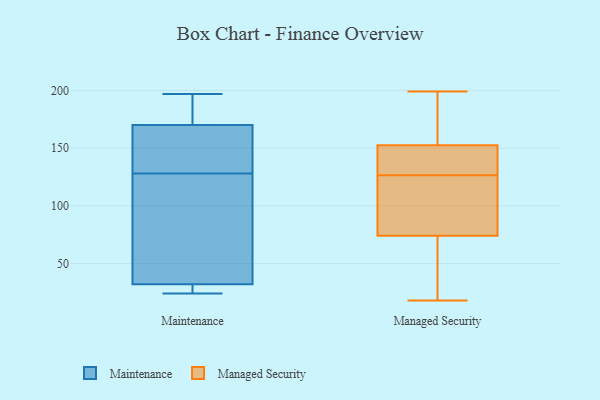
{"axis": {"x": "Latency (ms)", "y": "Value"}, "legend": ["Maintenance", "Managed Security"], "data": [{"x": "", "y": 42, "type": "Maintenance"}, {"x": "", "y": 170, "type": "Maintenance"}, {"x": "", "y": 125, "type": "Maintenance"}, {"x": "", "y": 24, "type": "Maintenance"}, {"x": "", "y": 131, "type": "Maintenance"}, {"x": "", "y": 173, "type": "Maintenance"}, {"x": "", "y": 197, "type": "Maintenance"}, {"x": "", "y": 28, "type": "Maintenance"}, {"x": "", "y": 32, "type": "Maintenance"}, {"x": "", "y": 140, "type": "Maintenance"}, {"x": "", "y": 165, "type": "Managed Security"}, {"x": "", "y": 197, "type": "Managed Security"}, {"x": "", "y": 122, "type": "Managed Security"}, {"x": "", "y": 139, "type": "Managed Security"}, {"x": "", "y": 194, "type": "Managed Security"}, {"x": "", "y": 118, "type": "Managed Security"}, {"x": "", "y": 73, "type": "Managed Security"}, {"x": "", "y": 133, "type": "Managed Security"}, {"x": "", "y": 126, "type": "Managed Security"}, {"x": "", "y": 48, "type": "Managed Security"}, {"x": "", "y": 140, "type": "Managed Security"}, {"x": "", "y": 127, "type": "Managed Security"}, {"x": "", "y": 75, "type": "Managed Security"}, {"x": "", "y": 199, "type": "Managed Security"}, {"x": "", "y": 18, "type": "Managed Security"}, {"x": "", "y": 40, "type": "Managed Security"}]}